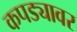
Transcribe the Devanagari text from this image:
कपड्यावर